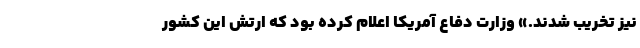
نیز تخریب شدند.» وزارت دفاع آمریکا اعلام کرده بود که ارتش این کشور